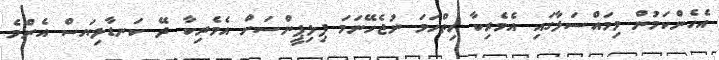
އެހެންކަމުން މިމައްސަލާގައި އެމެރިކާ ހިތްހަމަ ނުޖެހޭނަމަ ފިލިޕީންސަށް އެމެރިކާ ދޭ ކަނޑާލިޔަސް އެންމެ